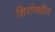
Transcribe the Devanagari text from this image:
शिरांमधील